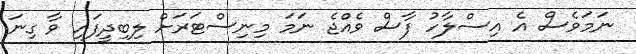
ނަމަވެސް އެ އިސްލާހު ފާސް ވެއްޖެ ނަމަ މިނިސްޓަރަށް ލިބިދީފައި ވާ ގިނަ